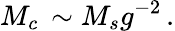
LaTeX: M_{c}\, \sim M_{s}g^{-2}\, .